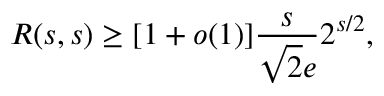
R ( s , s ) \geq [ 1 + o ( 1 ) ] { \frac { s } { { \sqrt { 2 } } e } } 2 ^ { s / 2 } ,